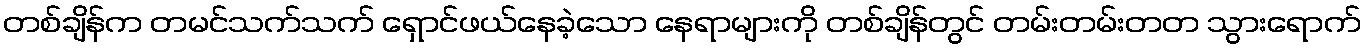
တစ်ချိန်က တမင်သက်သက် ရှောင်ဖယ်နေခဲ့သော နေရာများကို တစ်ချိန်တွင် တမ်းတမ်းတတ သွားရောက်